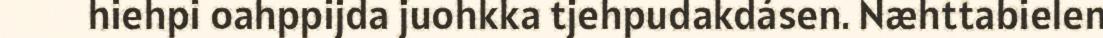
hiehpi oahppijda juohkka tjehpudakdásen. Næhttabielen